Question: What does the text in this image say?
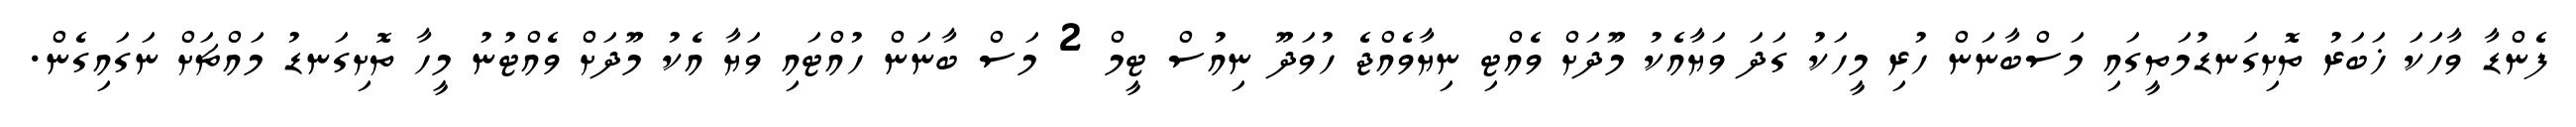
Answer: ފެންޑާ ވާހަކަ ޚަބަރު ތޮށިގަނޑުމަތީގައި މަސްބާނަން ހުރި މީހަކު ގަދަ ވަޔާއެކު މޫދަށް ވެއްޓި ނިޔާވެއްޖެ ހުވަދޫ ނިއުސް ޓީމް 2 މަސް ބާނަން ހުއްޓައި ވަޔާ އެކު މޫދަށް ވެއްޓުނު މީހާ ތޮށިގަނޑު މައްޗަށް ނަގައިގެން.